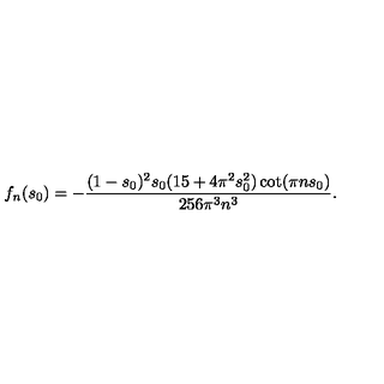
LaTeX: f _ { n } ( s _ { 0 } ) = - \frac { ( 1 - s _ { 0 } ) ^ { 2 } s _ { 0 } ( 1 5 + 4 \pi ^ { 2 } s _ { 0 } ^ { 2 } ) \cot ( \pi n s _ { 0 } ) } { 2 5 6 \pi ^ { 3 } n ^ { 3 } } .